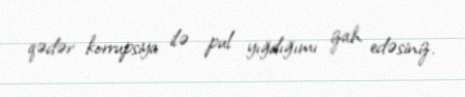
qədər korrupsiya ilə pul yığdığımı izah edəsiniz.